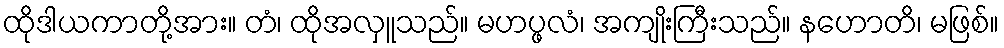
ထိုဒါယကာတို့အား။ တံ၊ ထိုအလှူသည်။ မဟပ္ဖလံ၊ အကျိုးကြီးသည်။ နဟောတိ၊ မဖြစ်။